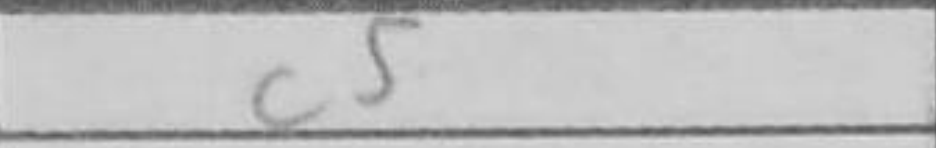
Transcription: c5